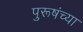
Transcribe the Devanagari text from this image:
पुरूषंच्या